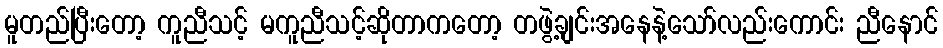
မူတည်ပြီးတော့ ကူညီသင့် မကူညီသင့်ဆိုတာကတော့ တဖွဲ့ချင်းအနေနဲ့သော်လည်းကောင်း ညီနောင်